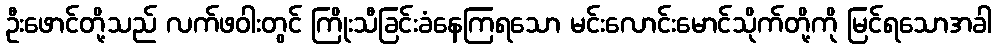
ဦးဖောင်တို့သည် လက်ဖဝါးတွင် ကြိုးသီခြင်းခံနေကြရသော မင်းလောင်းမောင်သိုက်တို့ကို မြင်ရသောအခါ